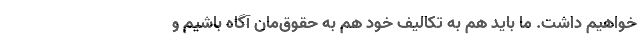
خواهیم داشت. ما باید هم به تکالیف خود هم به حقوق‌مان آگاه باشیم و